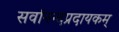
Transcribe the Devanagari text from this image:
सर्वानन्दप्रदायकम्